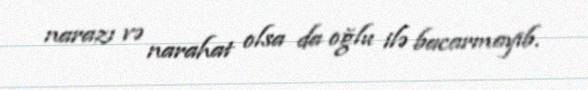
narazı və narahat olsa da oğlu ilə bacarmayıb.